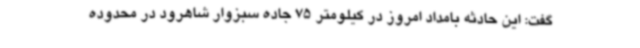
گفت: این حادثه بامداد امروز در کیلومتر 75 جاده سبزوار شاهرود در محدوده